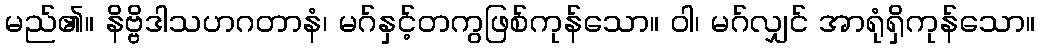
မည်၏။ နိဗ္ဗိဒါသဟဂတာနံ၊ မဂ်နှင့်တကွဖြစ်ကုန်သော။ ဝါ၊ မဂ်လျှင် အာရုံရှိကုန်သော။